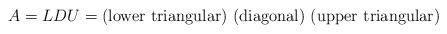
LaTeX: \begin{align*}A = LDU = \textrm{(lower triangular) (diagonal) (upper triangular) }\end{align*}